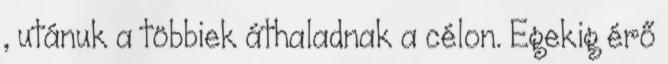
, utánuk a többiek áthaladnak a célon. Egekig érő